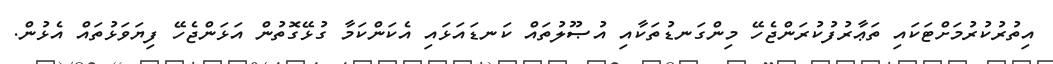
އިތުރުކުރުމަށްޓަކައި ތަޢާރުފުކުރަންޖެހޭ މިންގަނޑުތަކާއި އުޞޫލުތައް ކަނޑައަޅައި އެކަންކަމާ ގުޅޭގޮތުން އަޅަންޖެހޭ ފިޔަވަޅުތައް އެޅުން.